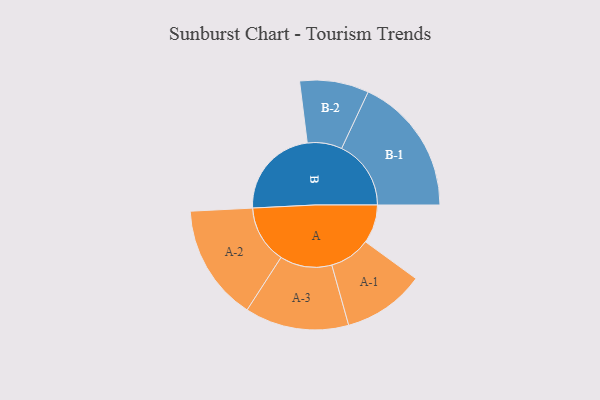
{"axis": {"x": "Segment", "y": "Value"}, "legend": ["", "A", "B"], "data": [{"x": "A", "y": 133, "type": ""}, {"x": "B", "y": 316, "type": ""}, {"x": "A-1", "y": 141, "type": "A"}, {"x": "A-2", "y": 200, "type": "A"}, {"x": "A-3", "y": 179, "type": "A"}, {"x": "B-1", "y": 239, "type": "B"}, {"x": "B-2", "y": 119, "type": "B"}]}